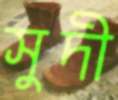
সুদী